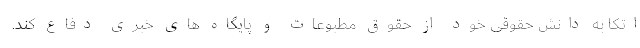
اتکا به دانش حقوقی خود از حقوق مطبوعات و پایگاه های خبری دفاع کند.